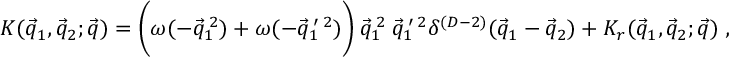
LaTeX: { \cal K } ( \vec { q } _ { 1 } , \vec { q } _ { 2 } ; \vec { q } ) = \biggl ( \omega ( - \vec { q } _ { 1 } ^ { \: 2 } ) + \omega ( - \vec { q } _ { 1 } ^ { \: \prime \: 2 } ) \biggr ) \: \vec { q } _ { 1 } ^ { \: 2 } \: \vec { q } _ { 1 } ^ { \: \prime \: 2 } \delta ^ { ( D - 2 ) } ( \vec { q } _ { 1 } - \vec { q } _ { 2 } ) + { \cal K } _ { r } ( \vec { q } _ { 1 } , \vec { q } _ { 2 } ; \vec { q } ) \; ,